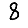
Digit: 8